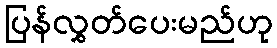
ပြန်လွှတ်ပေးမည်ဟု